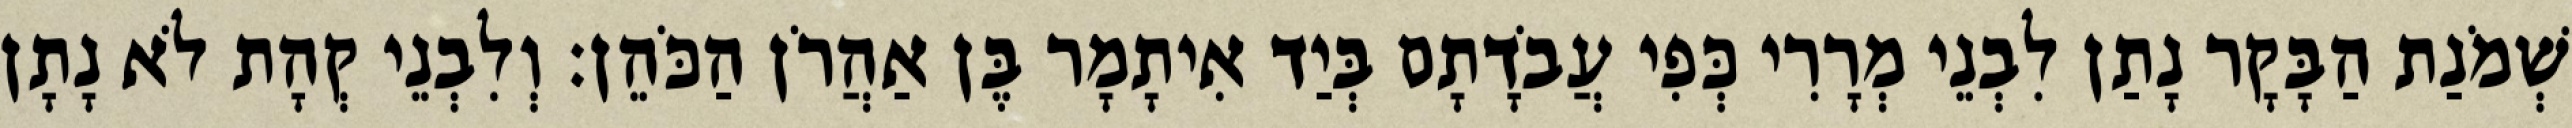
שְׁמֹנַת הַבָּקָר נָתַן לִבְנֵי מְרָרִי כְּפִי עֲבֹדָתָם בְּיַד אִיתָמָר בֶּן אַהֲרֹן הַכֹּהֵן׃ וְלִבְנֵי קְהָת לֹא נָתָן